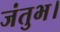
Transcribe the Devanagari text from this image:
जंतुभ।